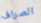
الصراف